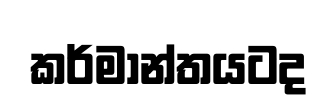
කර්මාන්තයටද